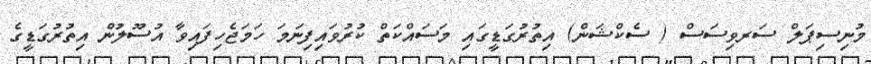
މުނިސިޕަލް ސަރވިސަސް ( ސެކްޝަން) އިތުރުގަޑީގައި މަސައްކަތް ކުރުވައިފިނަމަ ހަމަޖެހިފައިވާ އުސޫލުން އިތުރުގަޑީގެ